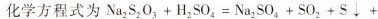
化学方程式为$$N a _ { 2 } S _ { 2 } O _ { 3 } + H _ { 2 } S O _ { 4 } = N a _ { 2 } S O _ { 4 } + S O _ { 2 } + S \downarrow +